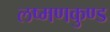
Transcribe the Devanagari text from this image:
लष्मणकुण्ड